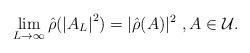
LaTeX: \begin{align*}\lim\limits_{L\rightarrow \infty }\hat{\rho}(\left\vert A_{L}\right\vert^{2})=|\hat{\rho}(A)|^{2}\ ,\mathrm{}A\in \mathcal{U}.\end{align*}